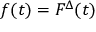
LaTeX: f ( t ) = F ^ { \Delta } ( t )